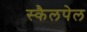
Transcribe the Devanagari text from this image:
स्कैलपेल